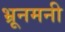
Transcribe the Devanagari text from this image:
भ्रूनमनी